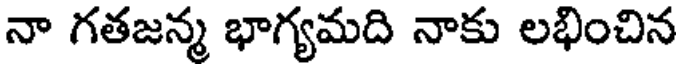
నా గతజన్మ భాగ్యమది నాకు లభించిన